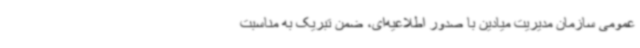
عمومی سازمان مدیریت میادین با صدور اطلاعیه‌ای، ضمن تبریک به مناسبت